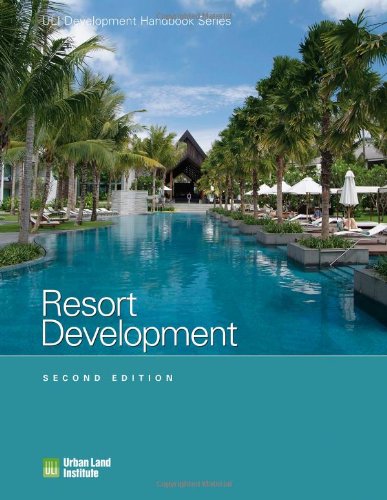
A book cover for Resort Development (Development Handbook series); Adrienne Schmitz; Law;